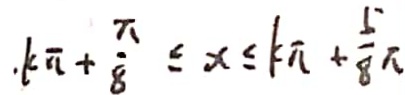
k F + \frac { \pi } { 8 } \leq x \leq k + \frac { 5 } { 8 } \pi